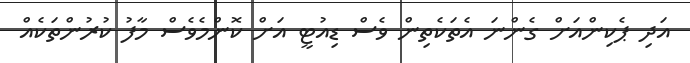
އަދި ޕެކިންއަށް ގެންނަ އެތަކެތިން ވެސް ޑިއުޓީ އަށް ކޮންމެވެސް މާފު ކުރުންތަކެއް